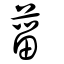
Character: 𦸜